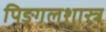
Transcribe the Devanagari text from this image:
पिङ्गलशास्त्र